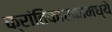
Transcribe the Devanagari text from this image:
क्रांतिकारकामध्ये